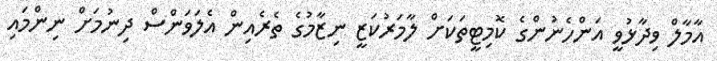
އާމާލް ވިދާޅުވީ އަންހެނުންގެ ކޮމިޓީތަކަށް ލާމަރުކަޒީ ނިޒާމުގެ ތެރެއިން އެލަވަންސް ދިނުމަށް ނިންމައި